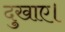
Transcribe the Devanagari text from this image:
दुखाए।